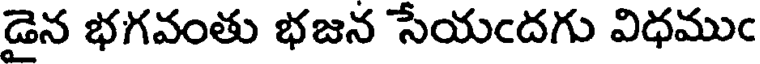
డైన భగవంతు భజన సేయందగు విధముం